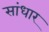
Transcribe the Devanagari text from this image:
सांधार